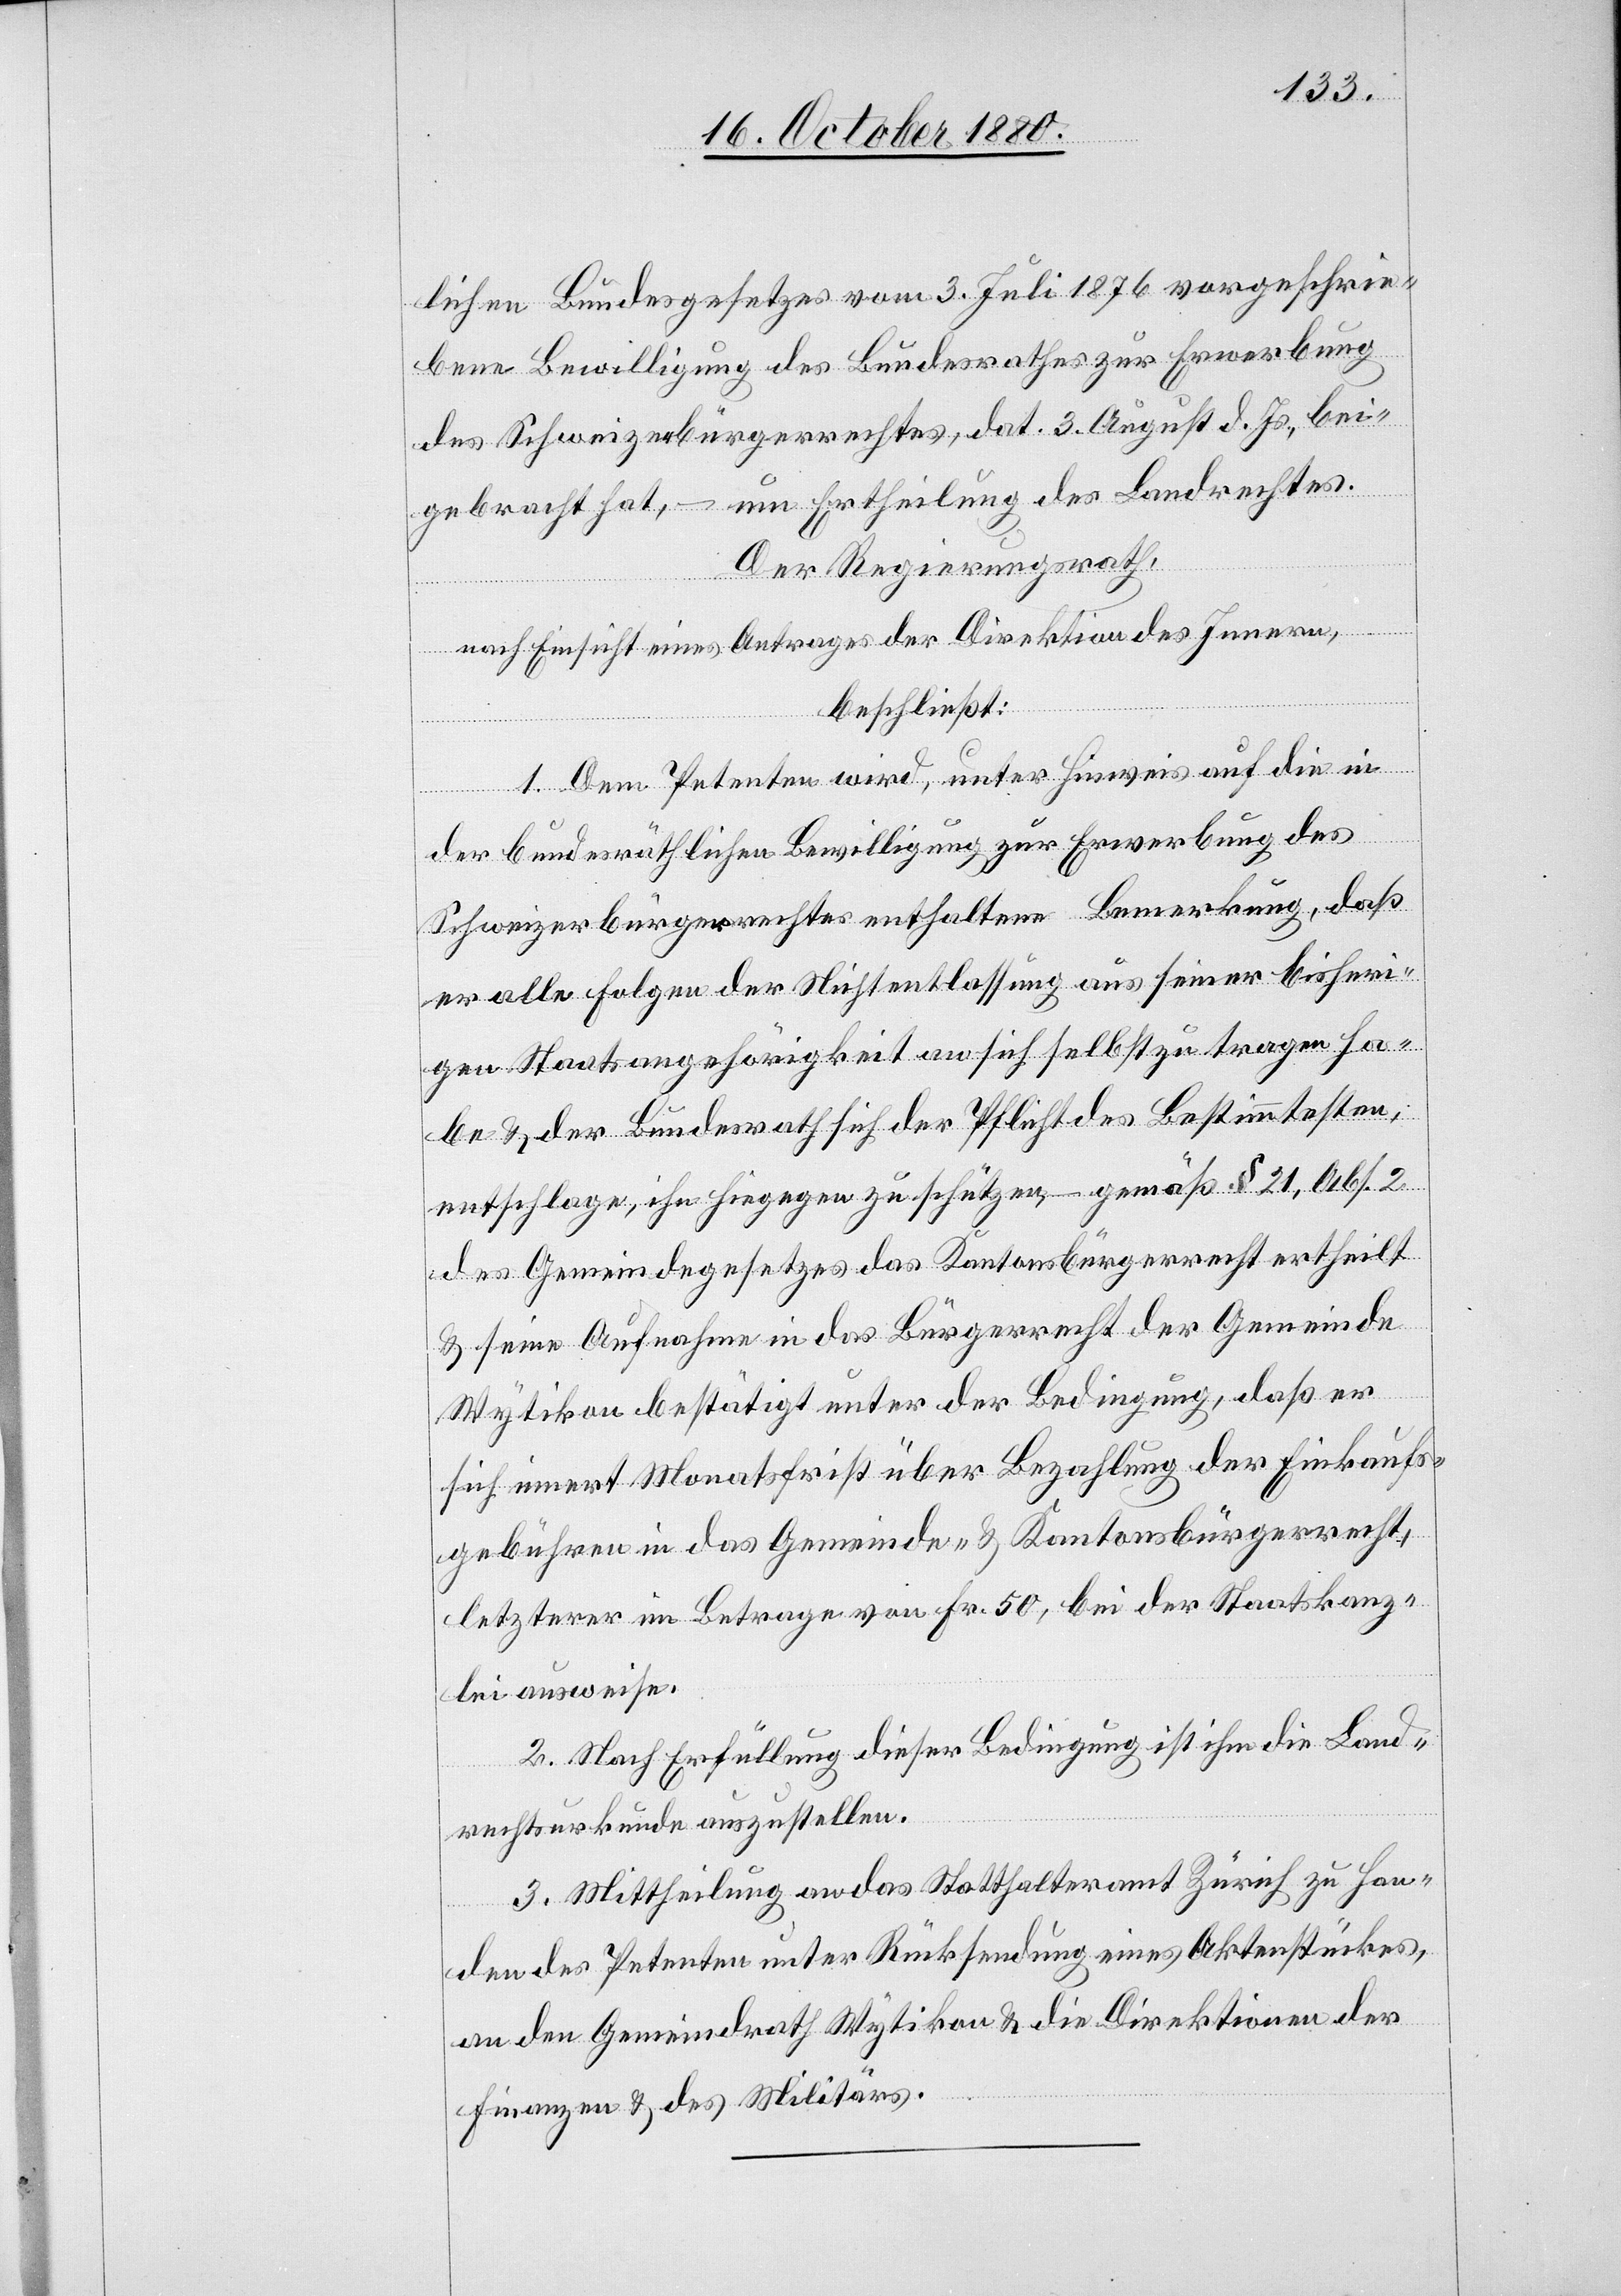
lichen Bundesgesetzes vom 3. Juli 1876 vorgeschrie¬
bene Bewilligung des Bundesrathes zur Erwerbung
des Schweizerbürgerrechtes, dat. 3. August d. Js., bei¬
gebracht hat, – um Ertheilung des Landrechtes.
Der Regierungsrath,
nach Einsicht eines Antrages der Direktion des Innern,
beschließt:
1. Dem Petenten wird, unter Hinweis auf die in
der bundesräthlichen Bewilligung zur Erwerbung des
Schweizerbürgerrechtes enthaltene Bemerkung, daß
er alle Folgen der Nichtentlassung aus seiner bisheri¬
gen Staatsangehörigkeit an sich selbst zu tragen ha¬
be & der Bundesrath sich der Pflicht des Bestimmtesten,
entschlage, ihn hingegen zu schützen, – gemäß § 21, Abs. 2
des Gemeindegesetzes das Kantonsbürgerrecht ertheilt
& seine Aufnahme in das Bürgerrecht der Gemeinde
Wytikon bestätigt unter der Bedingung, daß er
sich innert Monatsfrist über Bezahlung der Einkaufs¬
gebühren in das Gemeinde- & Kantonsbürgerrecht
letzterer im Betrag von Fr. 50, bei der Staatskanz¬
lei ausweise.
2. Nach Erfüllung dieser Bedingung ist ihm die Land¬
rechtsurkunde auszustellen.
3. Mittheilung an das Statthalteramt Zürich zu Han¬
den des Petenten unter Rücksendung eines Aktenstückes,
an den Gemeindrath Wytikon & die Direktion der
Finanzen & des Militärs.